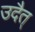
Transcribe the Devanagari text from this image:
उदैत्